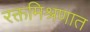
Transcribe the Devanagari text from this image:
रक्तमिश्रणात